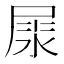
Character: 𡲘